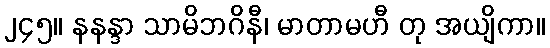
၂၄၅။ နနန္ဒာ သာမိဘဂိနီ၊ မာတာမဟီ တု အယျိကာ။